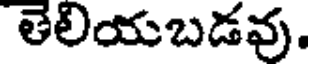
తెలియబడవు.